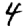
Digit: 4